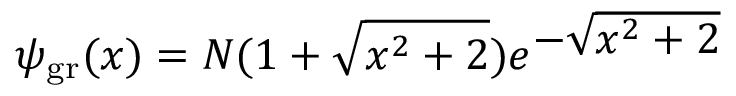
\psi _ { \mathrm { g r } } ( x ) = N ( 1 + \sqrt { x ^ { 2 } + 2 } ) e ^ { \textstyle - \sqrt { x ^ { 2 } + 2 } }